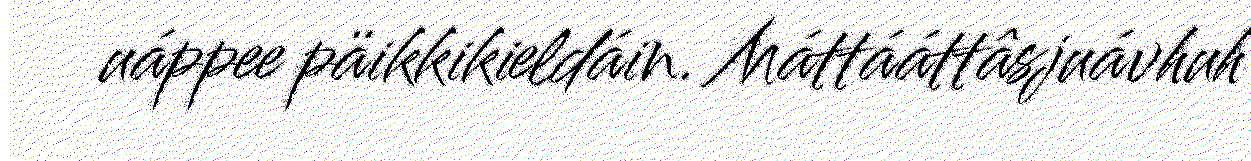
uáppee päikkikieldáin. Máttááttâsjuávhuh